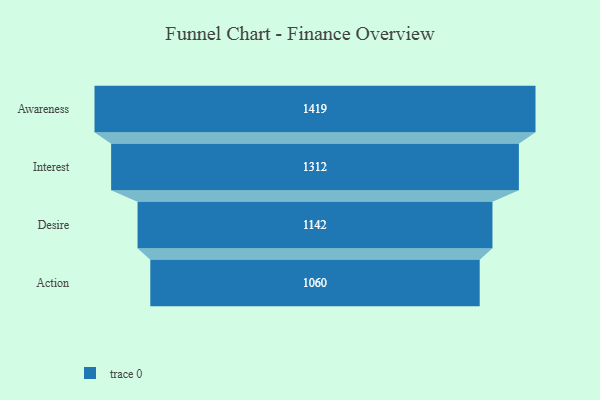
{"axis": {"x": "Stage", "y": "Value"}, "legend": [""], "data": [{"x": "Awareness", "y": 1419.0, "type": ""}, {"x": "Interest", "y": 1312.0, "type": ""}, {"x": "Desire", "y": 1142.0, "type": ""}, {"x": "Action", "y": 1060.0, "type": ""}]}